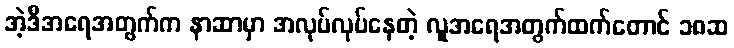
အဲ့ဒီအရေအတွက်က နာဆာမှာ အလုပ်လုပ်နေတဲ့ လူအရေအတွက်ထက်တောင် ၁၈ဆ